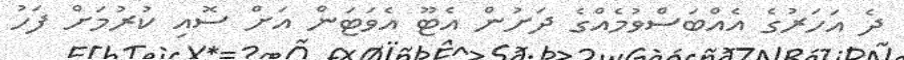
ދެ އަހަރުގެ އެއްބަސްވުމެއްގެ ދަށުން އެޓޫ އެވަޓަން އަށް ސޮއި ކުރުމަށް ފަހު